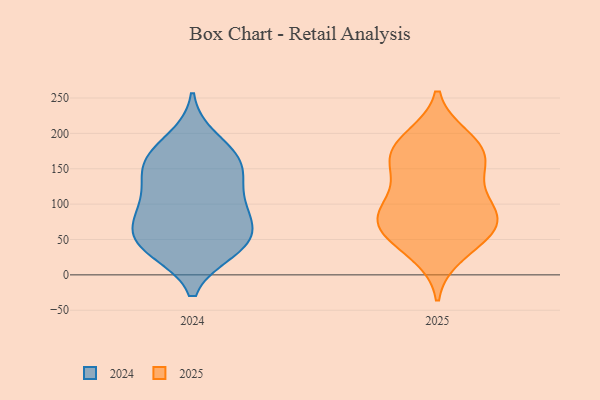
{"axis": {"x": "Backlog", "y": "Value"}, "legend": ["2024", "2025"], "data": [{"x": "", "y": 92, "type": "2025"}, {"x": "", "y": 172, "type": "2025"}, {"x": "", "y": 71, "type": "2025"}, {"x": "", "y": 116, "type": "2025"}, {"x": "", "y": 57, "type": "2025"}, {"x": "", "y": 174, "type": "2025"}, {"x": "", "y": 74, "type": "2025"}, {"x": "", "y": 194, "type": "2025"}, {"x": "", "y": 77, "type": "2025"}, {"x": "", "y": 93, "type": "2025"}, {"x": "", "y": 77, "type": "2025"}, {"x": "", "y": 157, "type": "2025"}, {"x": "", "y": 138, "type": "2025"}, {"x": "", "y": 42, "type": "2025"}, {"x": "", "y": 29, "type": "2025"}, {"x": "", "y": 162, "type": "2025"}, {"x": "", "y": 192, "type": "2025"}, {"x": "", "y": 35, "type": "2024"}, {"x": "", "y": 39, "type": "2024"}, {"x": "", "y": 156, "type": "2024"}, {"x": "", "y": 141, "type": "2024"}, {"x": "", "y": 192, "type": "2024"}, {"x": "", "y": 108, "type": "2024"}, {"x": "", "y": 53, "type": "2024"}, {"x": "", "y": 75, "type": "2024"}, {"x": "", "y": 173, "type": "2024"}, {"x": "", "y": 150, "type": "2024"}, {"x": "", "y": 159, "type": "2024"}, {"x": "", "y": 44, "type": "2024"}, {"x": "", "y": 89, "type": "2024"}, {"x": "", "y": 77, "type": "2024"}, {"x": "", "y": 42, "type": "2024"}, {"x": "", "y": 106, "type": "2024"}]}